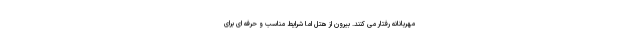
مهربانانه رفتار می کنند. بیرون از هتل اما شرایط مناسب و حرفه ای برای